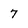
Character: 7